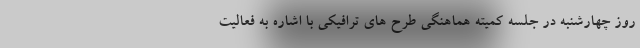
روز چهارشنبه در جلسه کمیته هماهنگی طرح های ترافیکی با اشاره به فعالیت